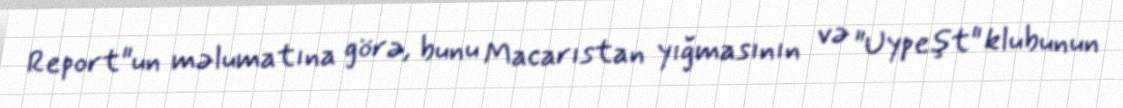
Report"un məlumatına görə, bunu Macarıstan yığmasının və "Uypeşt" klubunun